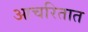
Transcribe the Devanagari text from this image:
आचरितात